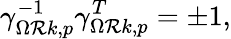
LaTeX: \gamma_{\Omega\mathcal{R}k,p}^{-1}\gamma_{\Omega\mathcal{R}k,p}^{T}=\pm1,